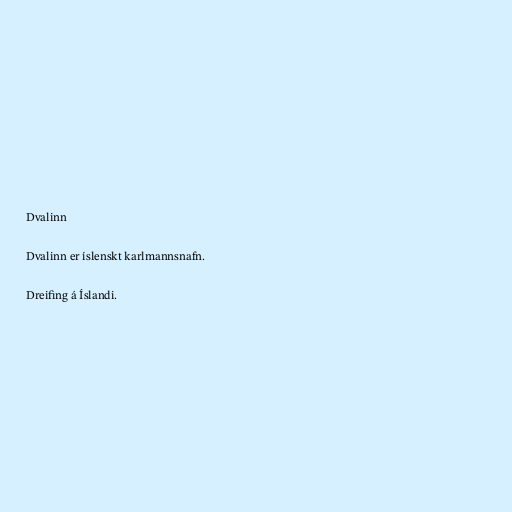
Dvalinn

Dvalinn er íslenskt karlmannsnafn.

Dreifing á Íslandi.